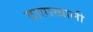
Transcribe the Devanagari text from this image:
दाताखाली